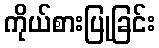
ကိုယ်စားပြုခြင်း